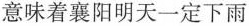
意味着襄阳明天一定下雨